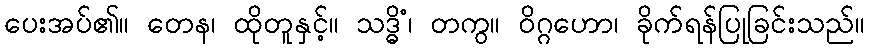
ပေးအပ်၏။ တေန၊ ထိုတူနှင့်။ သဒ္ဓိံ၊ တကွ။ ဝိဂ္ဂဟော၊ ခိုက်ရန်ပြုခြင်းသည်။